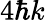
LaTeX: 4\hbar k